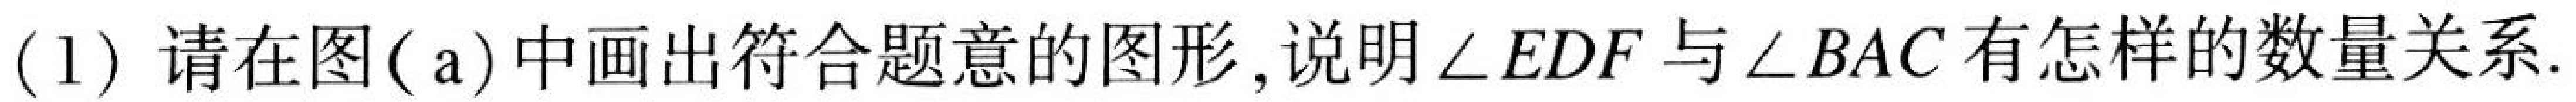
(1) 请在图( a)中画出符合题意的图形, 说明\(\angle EDF\)与\(\angle BAC\)有怎样的数量关系.